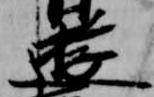
遊